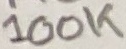
Text: 100K